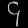
Digit: ၄